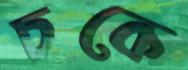
চকে